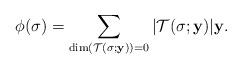
LaTeX: \begin{align*}\phi(\sigma)=\sum_{\dim(\mathcal{T}(\sigma;\mathbf{y}))=0}|\mathcal{T}(\sigma;\mathbf{y})|\mathbf{y}.\end{align*}